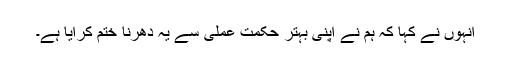
انہوں نے کہا کہ ہم نے اپنی بہتر حکمت عملی سے یہ دھرنا ختم کرایا ہے۔